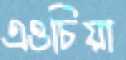
এওচিয়া